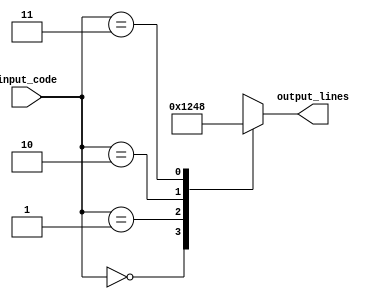
module binary_decoder(
    input [1:0] input_code,
    output reg [3:0] output_lines
);

always @(*)
begin
    case(input_code)
        2'b00: output_lines = 4'b0001;
        2'b01: output_lines = 4'b0010;
        2'b10: output_lines = 4'b0100;
        2'b11: output_lines = 4'b1000;
        default: output_lines = 4'b0000;
    endcase
end

endmodule